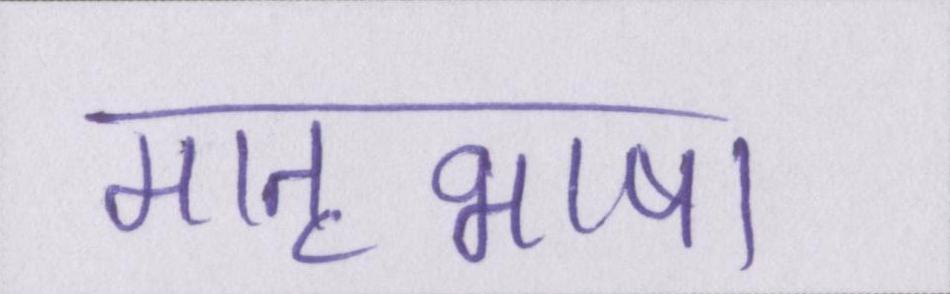
मातृभाषा